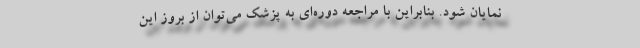
نمایان شود. بنابراین با مراجعه دوره‌ای به پزشک می‌توان از بروز این